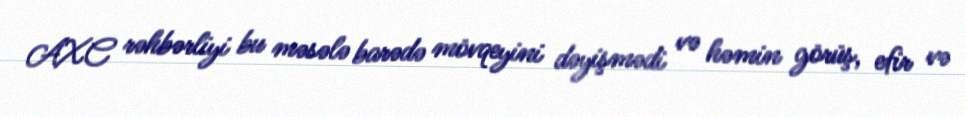
AXC rəhbərliyi bu məsələ barədə mövqeyini dəyişmədi və həmin görüş, efir və